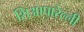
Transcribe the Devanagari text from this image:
शिआपारेल्ली